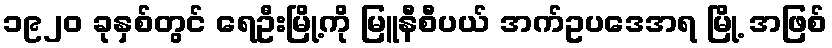
၁၉၂၀ ခုနှစ်တွင် ရေဦးမြို့ကို မြူနီစီပယ် အက်ဥပဒေအရ မြို့ အဖြစ်